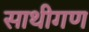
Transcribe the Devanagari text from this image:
साथीगण